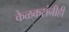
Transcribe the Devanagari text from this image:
केळकरांनीही